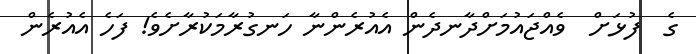
ގެ  ފުޅަށް  ވެއްޖައުމަށްދާނދެން އެއުރެންނާ ހަނގުރާމަކުރާށެވެ! ފަހެ އެއުރެން